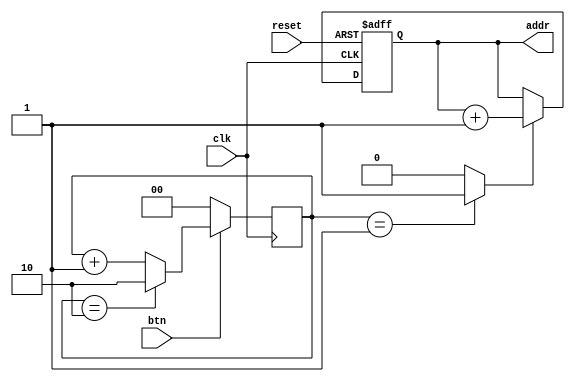
`timescale 1ns / 1ps

module scroll_bnt_module(input clk, input reset, input btn, output reg [3:0] addr);
    reg [1:0] counter, enable;

    //Transform the unit step signal of the button to unit impulse signal.
    always @(posedge clk) begin
        if (btn) begin
            if (counter == 2'h2)
                counter <= 2'h2;
            else
                counter <= counter + 1;
        end
        else begin
            counter <= 2'b0;
        end
    end

    //Tri-state FSM
    always @(counter) begin
        if (counter == 2'h1)
            enable = 1'b1;
        else
            enable = 1'b0;
    end

    //Pointer to memory (Flip-flops).
    always @(posedge clk or posedge reset) begin
        if (reset) begin
            addr <= 4'b0;
        end
        else begin
            if (enable)
                addr <= addr + 1'b1;
        end
    end
endmodule